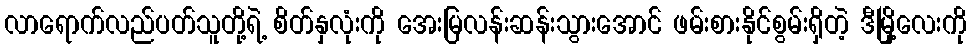
လာရောက်လည်ပတ်သူတို့ရဲ့ စိတ်နှလုံးကို အေးမြလန်းဆန်းသွားအောင် ဖမ်းစားနိုင်စွမ်းရှိတဲ့ ဒီမြို့လေးကို